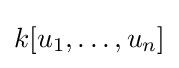
k[u_{1},\ldots ,u_{n}]